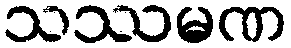
သဿမဏ